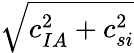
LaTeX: \sqrt{c_{IA}^{2}+c_{si}^{2}}